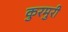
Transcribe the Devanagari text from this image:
कुरमुरी